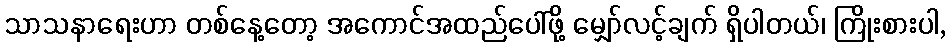
သာသနာရေးဟာ တစ်နေ့တော့ အကောင်အထည်ပေါ်ဖို့ မျှော်လင့်ချက် ရှိပါတယ်၊ ကြိုးစားပါ,